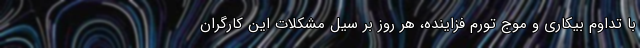
با تداوم بیکاری و موج تورم فزاینده، هر روز بر سیل مشکلات این کارگران